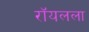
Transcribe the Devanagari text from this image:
रॉयलला